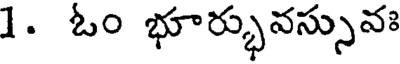
1. ఓం భూర్భువస్సువః